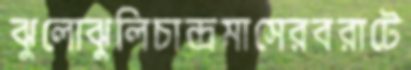
ঝুলোঝুলিচান্দ্রমাসেরবরাটে